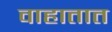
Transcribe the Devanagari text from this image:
वाहातात